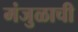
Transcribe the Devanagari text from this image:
मंजुळाची